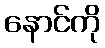
နောင်ကို